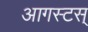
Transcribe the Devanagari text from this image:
आगस्टस्